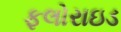
ફલોરાઇડ